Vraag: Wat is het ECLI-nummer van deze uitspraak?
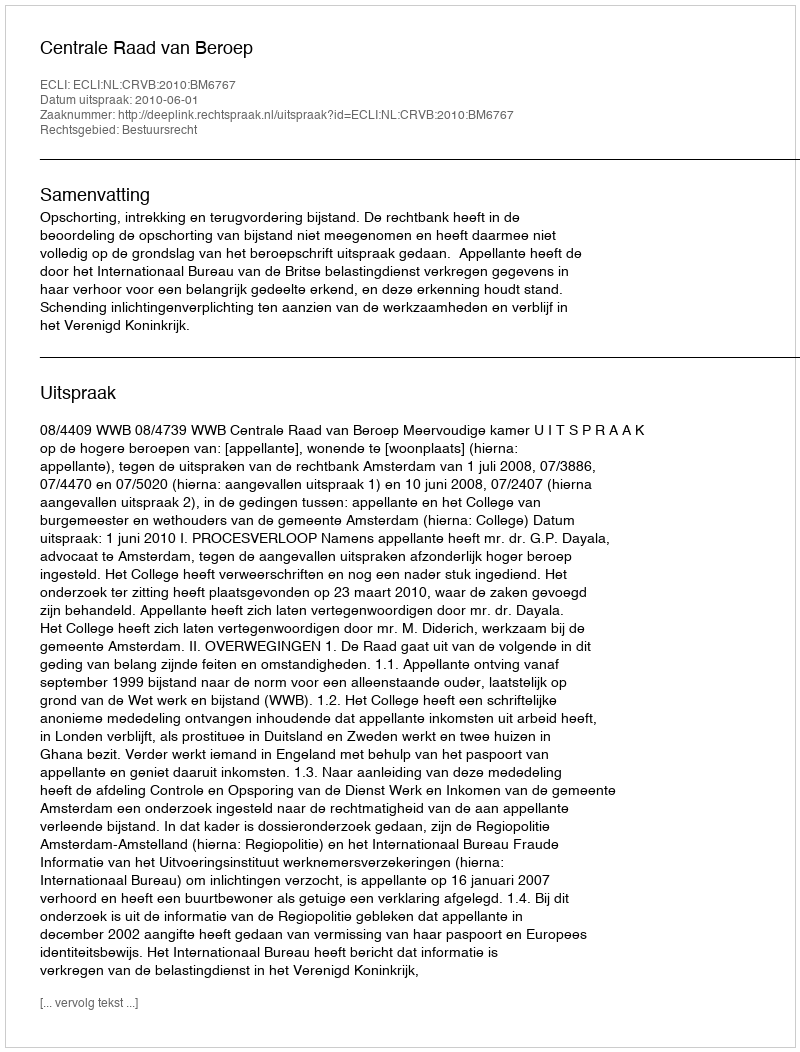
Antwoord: ECLI:NL:CRVB:2010:BM6767